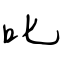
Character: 叱